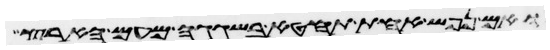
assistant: ואם נפש אחת תחטא בשגגה מעם הארץ